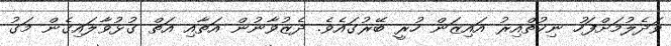
ވަދެލުމަށްފަހު ނިކުތްއިރު އައިޒަން ހުރީ ބޭރުގައެވެ. ދެޒުވާނުން އަތާއި އަތް ގުޅުވާލައިގެން މަގު